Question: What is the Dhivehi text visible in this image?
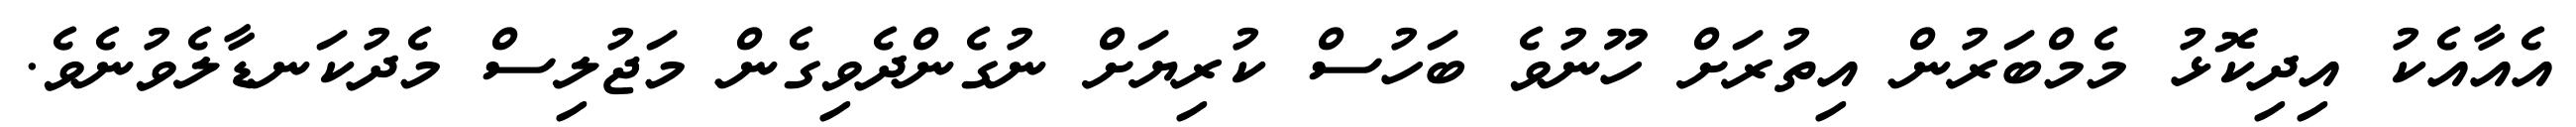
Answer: އެއާއެކު އިދިކޮޅު މެމްބަރުން އިތުރަށް ހޫނުވެ ބަހުސް ކުރިޔަށް ނުގެންދެވިގެން މަޖުލިސް މެދުކަނޑާލެވުނެވެ.